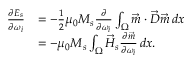
\begin{array} { r l } { \frac { \partial E _ { s } } { \partial \omega _ { i } } } & { = - \frac { 1 } { 2 } \mu _ { 0 } M _ { s } \frac { \partial } { \partial \omega _ { i } } \int _ { \Omega } \vec { m } \cdot \vec { D } \vec { m } \, d x } \\ & { = - \mu _ { 0 } M _ { s } \int _ { \Omega } \vec { H } _ { s } \frac { \partial \vec { m } } { \partial \omega _ { i } } \, d x . } \end{array}